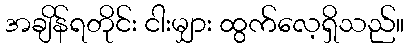
အချိန်ရတိုင်း ငါးမျှား ထွက်လေ့ရှိသည်။